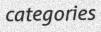
categories